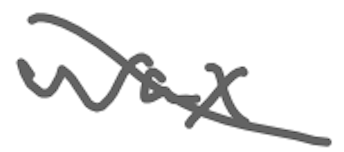
Text: wax
Cross-out: mix
Writing tool: digital_gray